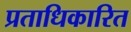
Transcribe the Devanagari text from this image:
प्रताधिकारित